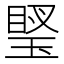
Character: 𤦼